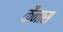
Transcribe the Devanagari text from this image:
कैनास